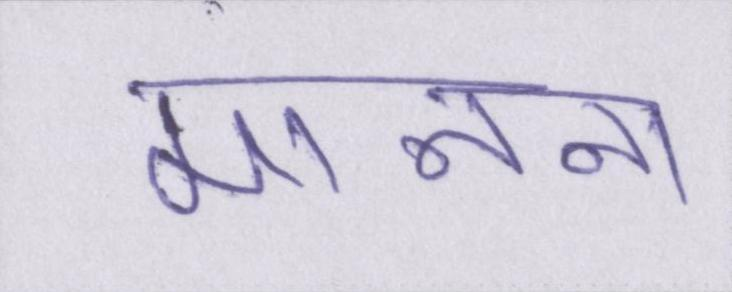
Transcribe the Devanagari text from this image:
मानना